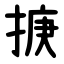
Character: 掶